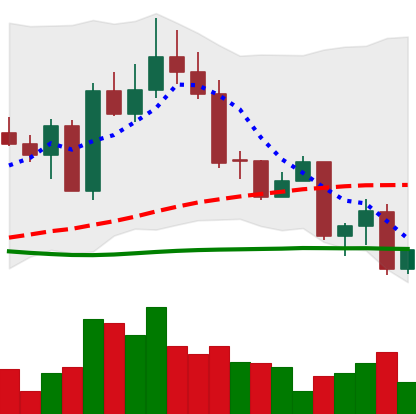
Ticker: EOS-USD
Chart end date: 2022-09-22
Forward return: -6.574%
Label: down_5_7